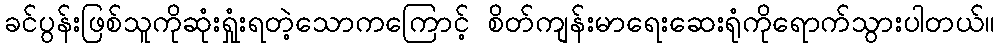
ခင်ပွန်းဖြစ်သူကိုဆုံးရှုံးရတဲ့သောကကြောင့် စိတ်ကျန်းမာရေးဆေးရုံကိုရောက်သွားပါတယ်။